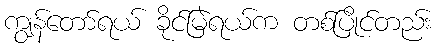
ကျွန်တော်ရယ် ခိုင်မြဲရယ်က တစ်ပြိုင်တည်း